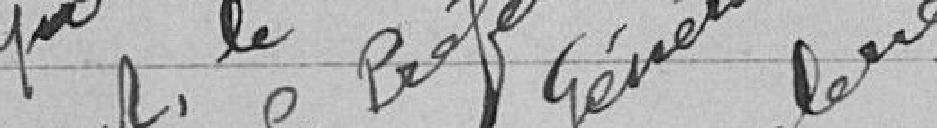
Vu pour récépissé